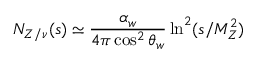
N _ { Z / \nu } ( s ) \simeq \displaystyle { \frac { \alpha _ { w } } { 4 \pi \cos ^ { 2 } \theta _ { w } } } \ln ^ { 2 } ( s / M _ { Z } ^ { 2 } )